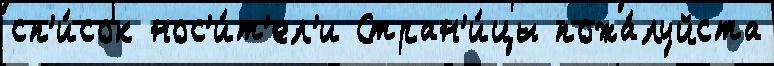
сп'и́сок нос'и́т'ел'и Стран'и́цы пожа́луйста